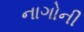
નાગોની